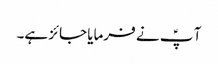
آ پؑ نے فرمایا جائز ہے۔